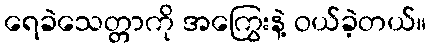
ရေခဲသေတ္တာကို အကြွေးနဲ့ ဝယ်ခဲ့တယ်။